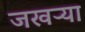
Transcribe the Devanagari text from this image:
जखऱ्या